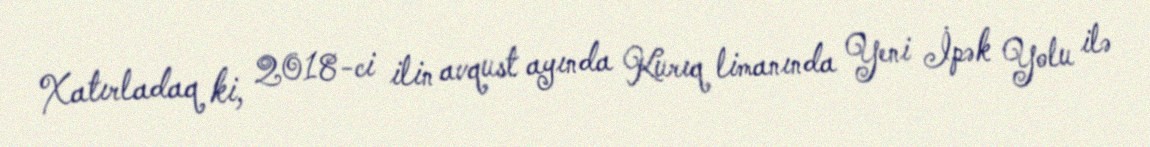
Xatırladaq ki, 2018-ci ilin avqust ayında Kurıq limanında Yeni İpək Yolu ilə